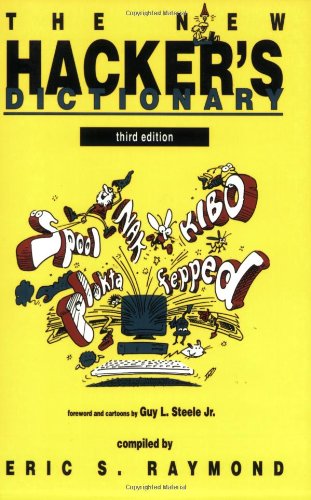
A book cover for The New Hacker's Dictionary - 3rd Edition; Humor & Entertainment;